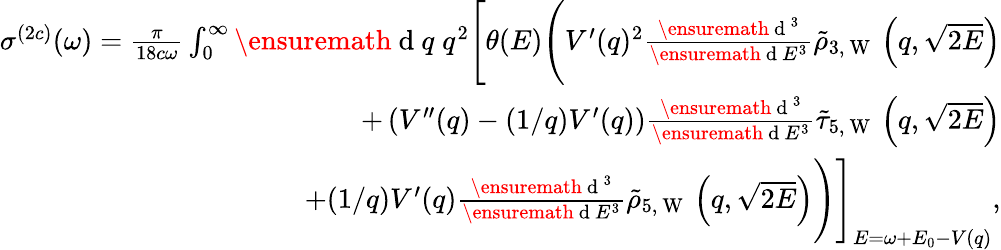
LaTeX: \begin{array}{r}{\sigma^{(2c)}(\omega)=\frac{\pi}{18c\omega}\int_{0}^{\infty}\ensuremath{\mathrm{~d~}}q\; q^{2}\Biggl[\theta(E)\Biggl(V^{\prime}(q)^{2}\frac{\ensuremath{\mathrm{~d~}}^{3}}{\ensuremath{\mathrm{~d~}}E^{3}}\tilde{\rho}_{3,\mathrm{~W~}}\left(q,\sqrt{2E}\right)}\\ {+\left(V^{\prime\prime}(q)-(1/q)V^{\prime}(q)\right)\frac{\ensuremath{\mathrm{~d~}}^{3}}{\ensuremath{\mathrm{~d~}}E^{3}}\tilde{\tau}_{5,\mathrm{~W~}}\left(q,\sqrt{2E}\right)}\\ {+(1/q)V^{\prime}(q)\frac{\ensuremath{\mathrm{~d~}}^{3}}{\ensuremath{\mathrm{~d~}}E^{3}}\tilde{\rho}_{5,\mathrm{~W~}}\left(q,\sqrt{2E}\right)\Biggl)\Biggl]_{E=\omega+E_{0}-V(q)},}\end{array}